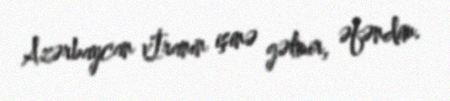
Azərbaycan vİranın işinə gəlmir, əfəndim.